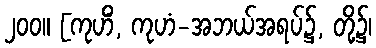
၂၀၀။ [ကုဟိံ, ကုဟံ-အဘယ်အရပ်၌, တို့၌၊